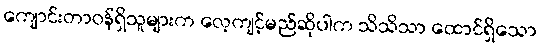
ကျောင်းတာဝန်ရှိသူများက လေ့ကျင့်မည်ဆိုပါက သိသိသာ ထောင်ရှိသော